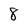
Character: 8